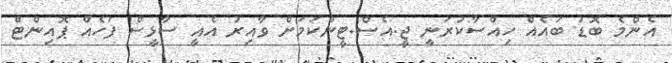
އެންމެ ބޮޑު ބައެއް ހިއްސާކުރަނީ ޖީ.އެސް.ޓީންކަމަށް ވާއިރު އެއީ ސާޅީސް ފަހެއް ޕޮއިންޓް